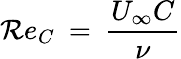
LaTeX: \mathcal{R}e_{C}\: =\: \frac{{U_{\infty}C}}{{\nu}}